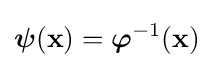
{\boldsymbol {\psi }}(\mathbf {x} )={\boldsymbol {\varphi }}^{-1}(\mathbf {x} )